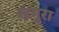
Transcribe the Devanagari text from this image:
खंगुरा